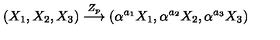
( X _ { 1 } , X _ { 2 } , X _ { 3 } ) \stackrel { Z _ { p } } { \longrightarrow } ( \alpha ^ { a _ { 1 } } X _ { 1 } , \alpha ^ { a _ { 2 } } X _ { 2 } , \alpha ^ { a _ { 3 } } X _ { 3 } )